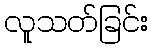
လူသတ်ခြင်း